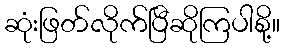
ဆုံးဖြတ်လိုက်ပြီဆိုကြပါစို့။